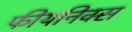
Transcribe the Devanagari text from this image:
फीयनिक्स